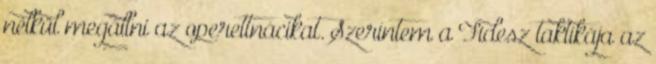
nélkül megállni az operettnácikat. Szerintem a Fidesz taktikája az